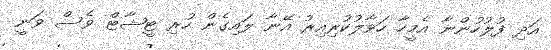
އަދި ފުލުހުންނާ އެމީހާ ހަވާލުކުރިއިރު އޭނާ ލައިގެން ހުރި ޓީޝާޓް ވެސް ވަނީ